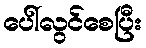
ပေါ်လွင်စေပြီး